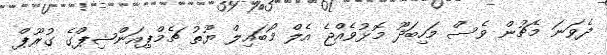
ދެވަނަ މެޗުން ވެސް މަހިބަދޫ މޮޅުވެއްޖެ އެލް މޯބައިލް ޔޫތު ޗެމްޕިއަންޝިޕްގެ ގުރޫޕް